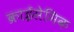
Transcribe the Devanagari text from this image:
क्राईसेमिक